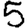
Digit: 5